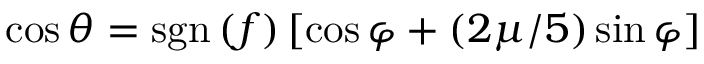
\cos \theta = \operatorname { s g n } \left( f \right) \left[ \cos \varphi + ( 2 \mu / 5 ) \sin \varphi \right]